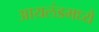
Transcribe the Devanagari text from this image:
आयलंडमध्ये